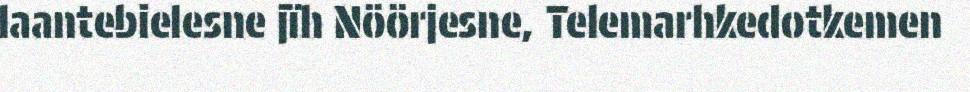
laantebielesne jïh Nöörjesne, Telemarhkedotkemen